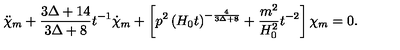
\ddot { \chi } _ { m } + \frac { 3 \Delta + 1 4 } { 3 \Delta + 8 } t ^ { - 1 } \dot { \chi } _ { m } + \left[ p ^ { 2 } \left( H _ { 0 } t \right) ^ { - \frac { 4 } { 3 \Delta + 8 } } + \frac { m ^ { 2 } } { H _ { 0 } ^ { 2 } } t ^ { - 2 } \right] \chi _ { m } = 0 .